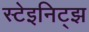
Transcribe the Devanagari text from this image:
स्टेइनिट्झ